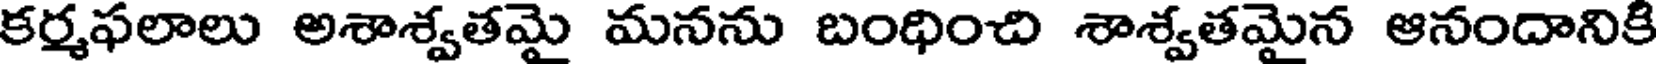
కర్మఫలాలు అశాశ్వతమై మనను బంధించి శాశ్వతమైన ఆనందానికి